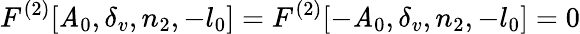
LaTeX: F^{(2)}[\mathit{A}_{0},\delta_{v},n_{2},-l_{0}]=F^{(2)}[-\mathit{A}_{0},\delta_{v},n_{2},-l_{0}]=0